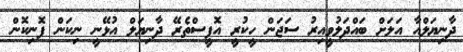
ދާނިޔަލްއާ އަލަށް ބައްދަލުވީއިރު ސަޖަން ހީކުރީ އޮފީސްތެރޭ ދާނިޔަލް އުޅޭނީ ނިކަން ފޮނިކޮން